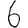
Digit: 6